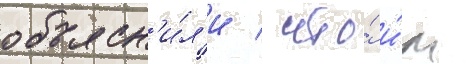
объясн'и́л'и / что́ и́м